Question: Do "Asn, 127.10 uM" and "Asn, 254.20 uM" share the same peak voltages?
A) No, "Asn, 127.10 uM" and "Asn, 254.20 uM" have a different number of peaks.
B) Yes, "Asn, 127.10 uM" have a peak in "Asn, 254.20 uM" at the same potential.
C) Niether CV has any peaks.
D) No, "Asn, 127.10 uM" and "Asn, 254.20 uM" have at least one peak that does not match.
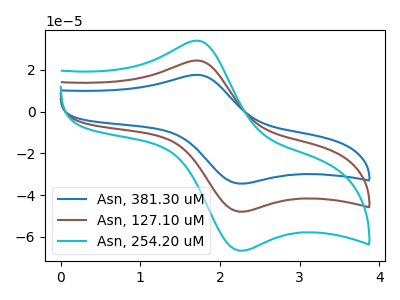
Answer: <think>The blue curve "Asn, 381.30 uM" has an anodic peak at (1.70V, 48.90uA) and a cathodic peak at (2.30V, -95.95uA). The brown curve "Asn, 127.10 uM" has an anodic peak at (1.70V, 24.45uA) and a cathodic peak at (2.30V, -47.95uA). The cyan curve "Asn, 254.20 uM" has an anodic peak at (1.70V, 33.95uA) and a cathodic peak at (2.30V, -66.65uA).</think>
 <answer>B) Yes, "Asn, 127.10 uM" have a peak in "Asn, 254.20 uM" at the same potential.</answer>
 <eval>B</eval>